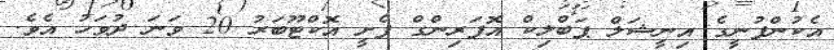
އެކުންފުނީގެ އިނީޝަލް ޕަބްލިކް އޮފަރިންގް ފެށީ އޮކްޓޫބަރު 20 ވަނަ ދުވަހު އެވެ.